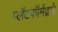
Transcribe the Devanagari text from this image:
प्लॅटफॉर्मद्वारे